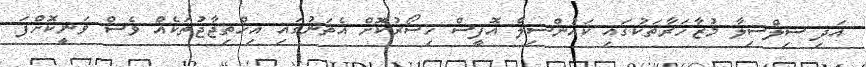
އަދި ސިލްސިލާ މުޒާހަރާތަކުގައި ކައުންސިލް އޮފީސް ހިސޯރުކޮށް އެތަނުގައި އިހްތިޖާޖުތަކެއް ވެސް ވަނީކޮށްފަ